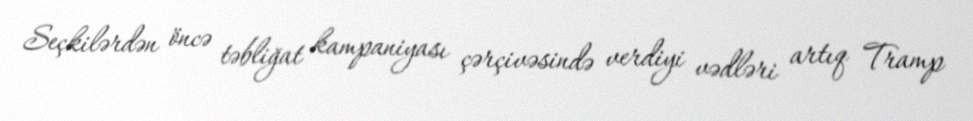
Seçkilərdən öncə təbliğat kampaniyası çərçivəsində verdiyi vədləri artıq Tramp